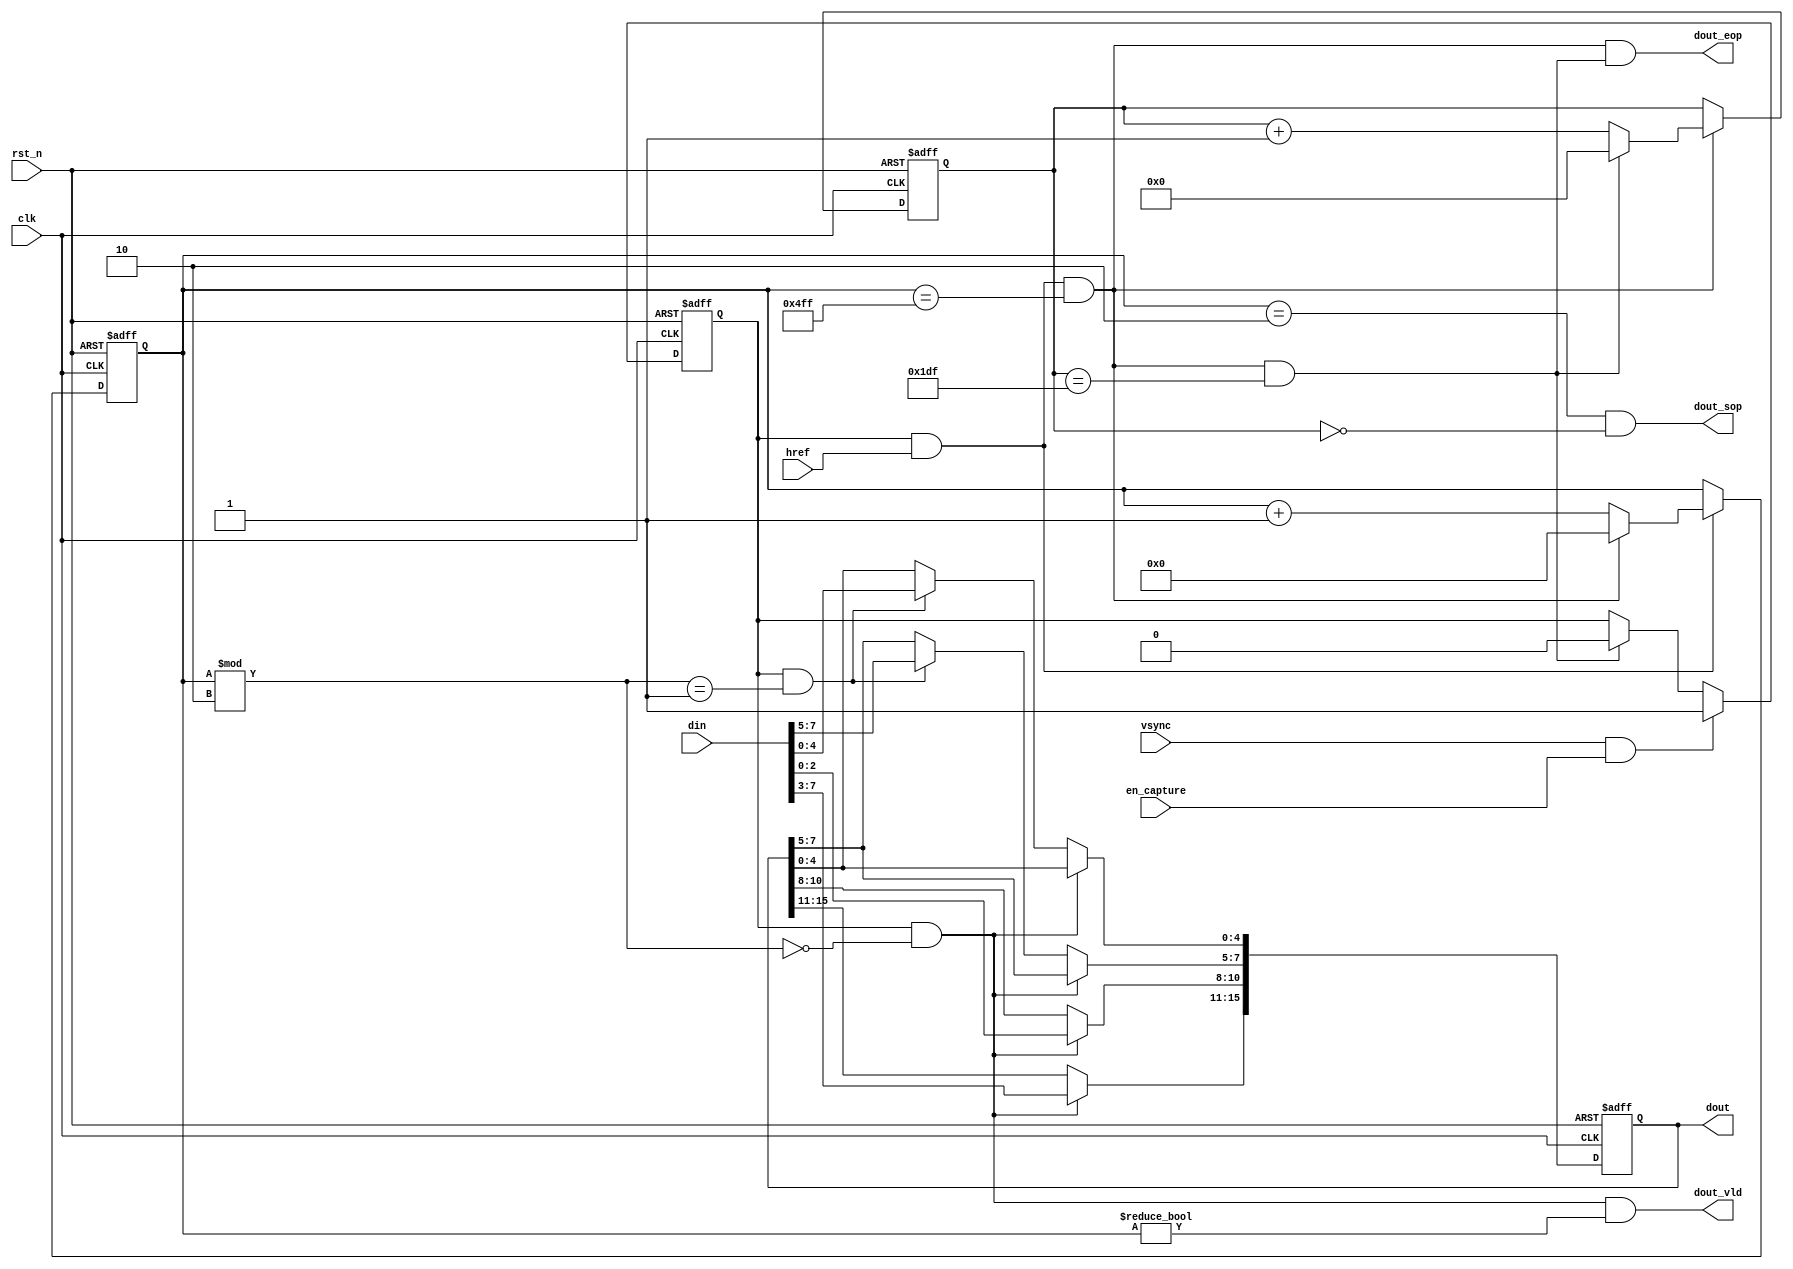
module capture(
	input			clk,
	input			rst_n,
	input			en_capture,
	input			vsync,
	input			href,
	input	 [7:0]din,
	output reg[15:0]dout,
	output		dout_vld,
	output		dout_sop,
	output		dout_eop
);

reg [10:0]h_cnt;
wire add_h_cnt;
wire end_h_cnt;

reg [8:0]v_cnt;
wire add_v_cnt;
wire end_v_cnt;

reg flag_vsync;

//h_cnt
always@(posedge clk or negedge rst_n)begin
	if(!rst_n)
		h_cnt<=0;
	else if(add_h_cnt)begin
		if(end_h_cnt)
			h_cnt<=0;
		else
			h_cnt<=h_cnt+1;
	end
end

assign add_h_cnt=flag_vsync&&href==1;
assign end_h_cnt=add_h_cnt&&h_cnt==1280-1;

//v_cnt
always@(posedge clk or negedge rst_n)begin
	if(!rst_n)
		v_cnt<=0;
	else if(add_v_cnt)begin
		if(end_v_cnt)
			v_cnt<=0;
		else
			v_cnt<=v_cnt+1;
	end
end

assign add_v_cnt=end_h_cnt;
assign end_v_cnt=add_v_cnt&&v_cnt==480-1;

//flag_vsync,can we capture the image now.
always@(posedge clk or negedge rst_n)begin
	if(!rst_n)
		flag_vsync<=0;
	else begin
		if(vsync&&en_capture)
			flag_vsync<=1;
		else if(end_v_cnt)
			flag_vsync<=0;
	end
end

//dout
always@(posedge clk or negedge rst_n)begin
	if(!rst_n)
		dout<=0;
	else begin
		if(flag_vsync&&h_cnt%2==0)begin
			dout[15:11]<=din[7:3];//R
			dout[10:8]<=din[2:0];///G
		end
		else if(flag_vsync&&h_cnt%2==1)begin
			dout[7:5]<=din[7:5];//G
			dout[4:0]<=din[4:0];//B
		end
	end
end

assign dout_vld=flag_vsync&&h_cnt%2==0&&h_cnt!=0;

assign dout_sop=h_cnt==2&&v_cnt==0;

assign dout_eop=end_h_cnt&&end_v_cnt;

endmodule